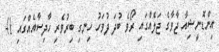
އިންޑޮނީޝިއާ ޖާވާގެ ޖަލެއްގައި ރޯވެ ބުދަ ދުވަހު ހިނގި ބިރުވެރި ހާދިސާއެއްގައި 41